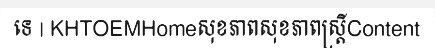
ទេ | KHTOEMHomeសុខភាពសុខភាពស្ត្រីContent